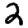
Digit: 2